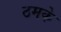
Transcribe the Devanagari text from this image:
ठमके